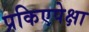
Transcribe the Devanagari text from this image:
प्रकिएपेक्षा